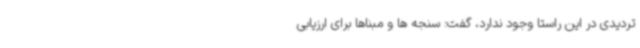
تردیدی در این راستا وجود ندارد، گفت: سنجه ها و مبناها برای ارزیابی